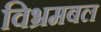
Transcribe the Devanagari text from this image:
विभ्रमबल